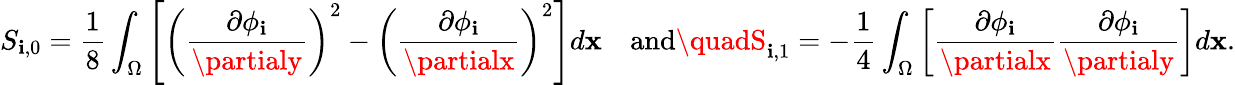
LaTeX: S_{\mathbf{i},0}=\frac{{1}}{{8}}\int_{\Omega}\left[\left(\frac{{\partial\phi_{\mathbf{i}}}}{{\partialy}}\right)^{2}-\left(\frac{{\partial\phi_{\mathbf{i}}}}{{\partialx}}\right)^{2}\right]d\mathbf{{x}}\quad\mathrm{{and}}\quadS_{\mathbf{i},1}=-\frac{{1}}{{4}}\int_{\Omega}\left[\frac{{\partial\phi_{\mathbf{i}}}}{{\partialx}}\frac{{\partial\phi_{\mathbf{i}}}}{{\partialy}}\right]d\mathbf{{x}}.